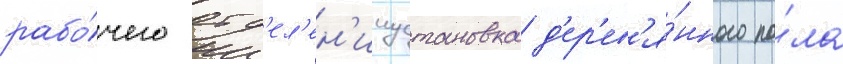
рабо́чего отд'ел'ен'ииустановка д'ер'ев'я́нного по́ла